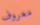
معروف